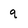
Character: q